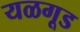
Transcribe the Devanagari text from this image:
यळगूड